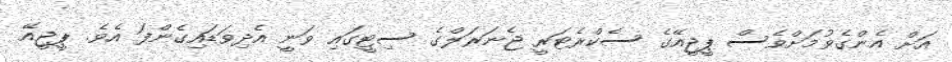
އަށް އެންގެވުމަށްވެސް ޕީޖީއޭގެ ސެކްރެޓަރީ ޖެނަރަލްގެ ސިޓީގައި ވަނީ އެދިވަޑައިގެންފަ އެވެ. ޕީޖީއޭ